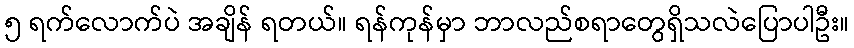
၅ ရက်လောက်ပဲ အချိန် ရတယ်။ ရန်ကုန်မှာ ဘာလည်စရာတွေရှိသလဲပြောပါဦး။